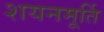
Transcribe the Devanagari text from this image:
शयनमूर्ति